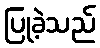
ပြုခဲ့သည်